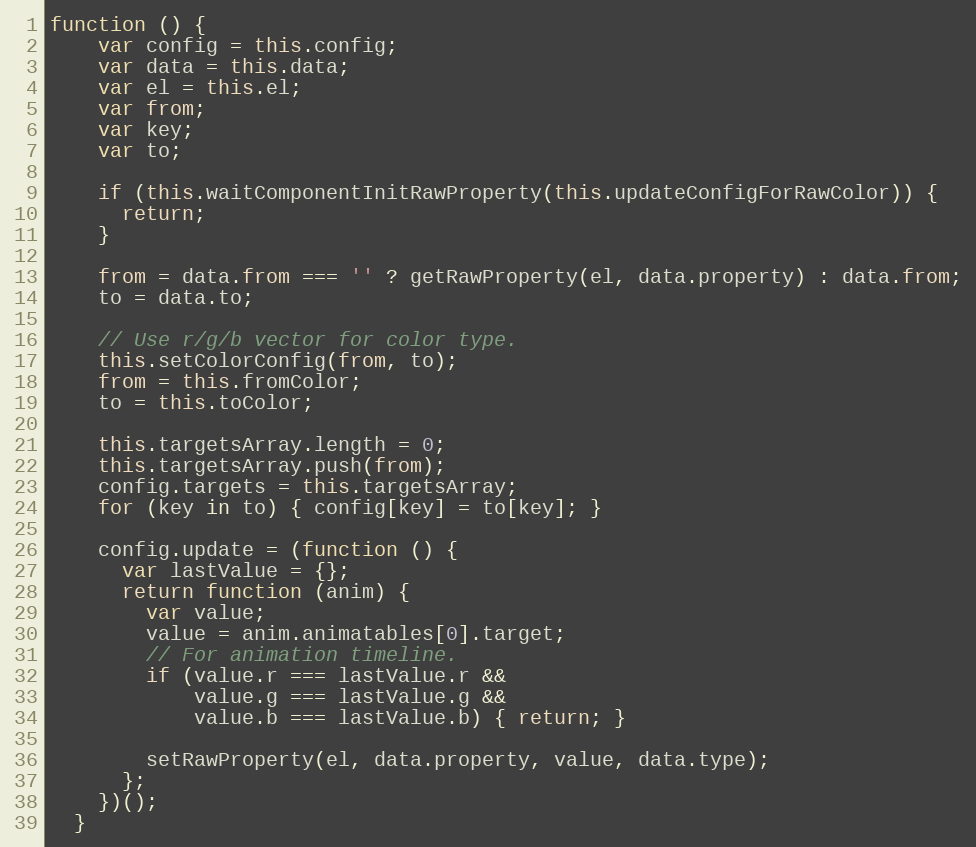
Language: JavaScript
function () {
    var config = this.config;
    var data = this.data;
    var el = this.el;
    var from;
    var key;
    var to;

    if (this.waitComponentInitRawProperty(this.updateConfigForRawColor)) {
      return;
    }

    from = data.from === '' ? getRawProperty(el, data.property) : data.from;
    to = data.to;

    // Use r/g/b vector for color type.
    this.setColorConfig(from, to);
    from = this.fromColor;
    to = this.toColor;

    this.targetsArray.length = 0;
    this.targetsArray.push(from);
    config.targets = this.targetsArray;
    for (key in to) { config[key] = to[key]; }

    config.update = (function () {
      var lastValue = {};
      return function (anim) {
        var value;
        value = anim.animatables[0].target;
        // For animation timeline.
        if (value.r === lastValue.r &&
            value.g === lastValue.g &&
            value.b === lastValue.b) { return; }

        setRawProperty(el, data.property, value, data.type);
      };
    })();
  }